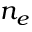
n _ { e }